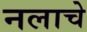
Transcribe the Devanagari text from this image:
नलाचे